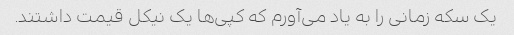
یک سکه زمانی را به یاد می‌آورم که کپی‌ها یک نیکل قیمت داشتند.